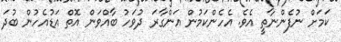
ކަމަށް ނުފެންނާތީ އެވެ. އެެހެންކަމުން އަންގާރަ ދުވަހު ބާއްވަން އޮތް އަޑުއެހުން ބުދަ